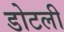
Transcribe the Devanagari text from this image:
डोटली